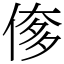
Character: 偧